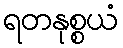
ရတနုစ္စယံ